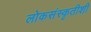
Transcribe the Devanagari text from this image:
लोकसंस्कृतीशी